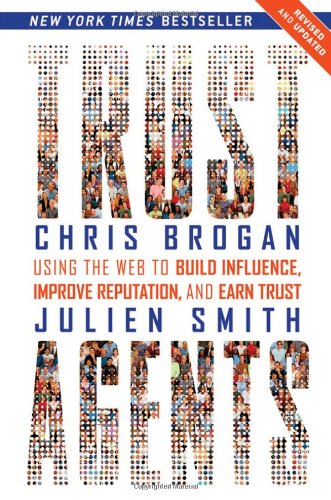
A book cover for Trust Agents: Using the Web to Build Influence, Improve Reputation, and Earn Trust; Chris Brogan; Computers & Technology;